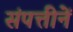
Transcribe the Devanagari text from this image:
संपत्तीनें